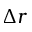
\Delta r